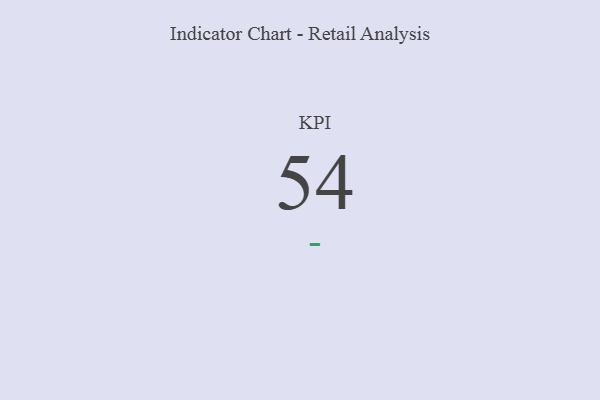
{"axis": {"x": "KPI", "y": "Value"}, "legend": [""], "data": [{"x": "KPI", "y": 54, "type": ""}]}